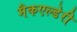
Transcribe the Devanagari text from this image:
मैकएल्डेरी